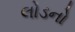
લોડનો